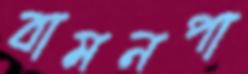
বামনপা